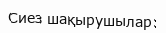
Сиез шақырушылар: